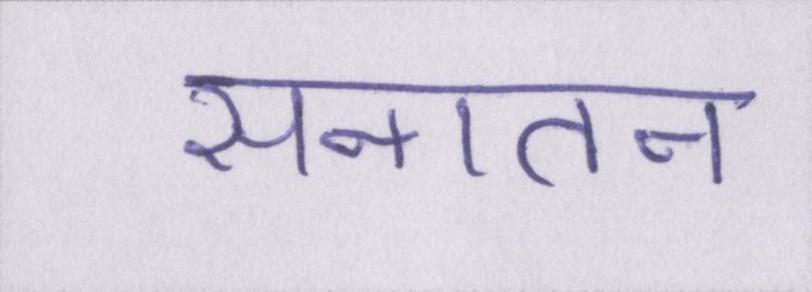
सनातन